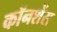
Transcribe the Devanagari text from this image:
कॉनशेंस